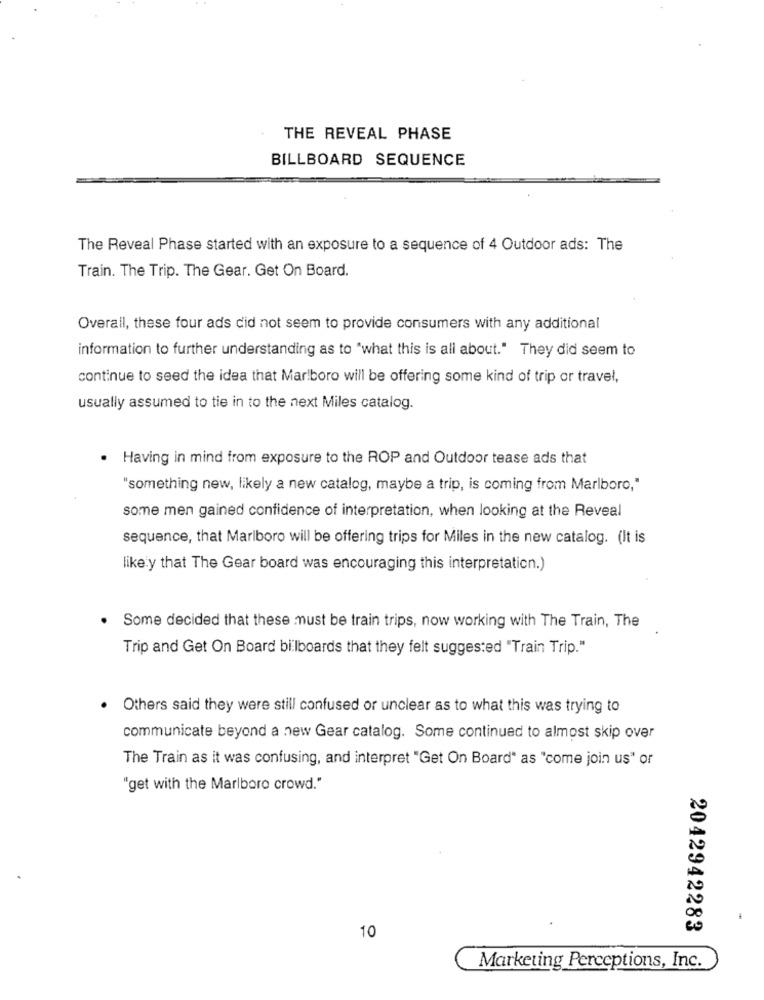
THE REVEAL PHASE
BILLBOARD SEQUENCE
The Reveal Phase started with an exposure to a sequence of 4 Outdoor ads: The
Train. The Trip. The Gear. Get On Board.
Overall, these four ads did not seem to provide consumers with any additional
information to further understanding as to "what this is all about." They did seem to
continue to seed the idea that Marlboro will be offering some kind of trip or travel,
usually assumed to tie in to the next Miles catalog.
.
Having in mind from exposure to the ROP and Outdoor tease ads that
"something new, likely a new catalog, maybe a trip, is coming from Marlboro,"
some men gained confidence of interpretation, when looking at the Reveal
sequence, that Marlboro will be offering trips for Miles in the new catalog. (It is
like y that The Gear board was encouraging this interpretation.)
Some decided that these must be train trips, now working with The Train, The
Trip and Get On Board billboards that they felt suggested "Train Trip."
. Others said they were still confused or unclear as to what this was trying to
communicate beyond a new Gear catalog. Some continued to almost skip over
The Train as it was confusing, and interpret "Get On Board" as "come join us" or
"get with the Marlboro crowd."
2042942283
10
Marketing Perceptions, Inc.